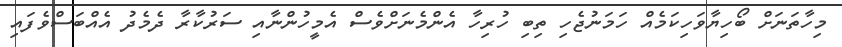
މިހާތަނަށް ބޯހިޔާވަހިކަމެއް ހަމަނުޖެހި ތިބި ހުރިހާ އެންމެނަށްވެސް އެމީހުންނާއި ސަރުކާރާ ދެމެދު އެއްބަސްވެފައި